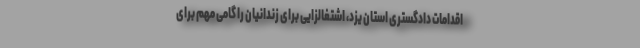
اقدامات دادگستری استان یزد، اشتغالزایی برای زندانیان را گامی مهم برای